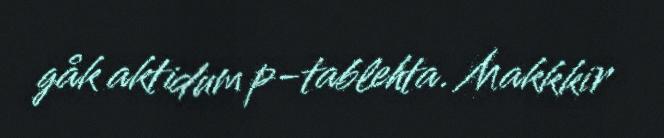
gåk aktidum p-tablehta. Makkkir